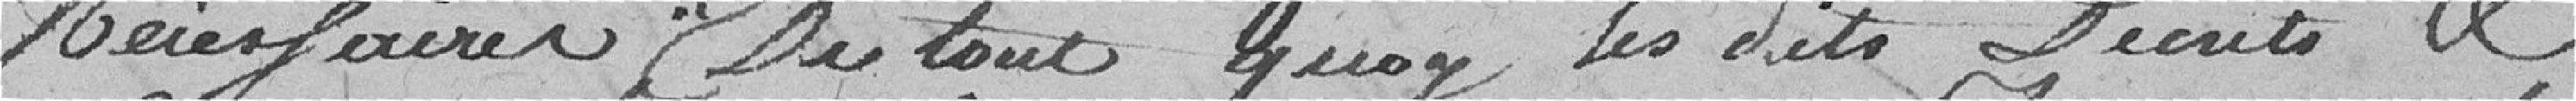
Nécessaires, De tout quoy les dits Décrets &